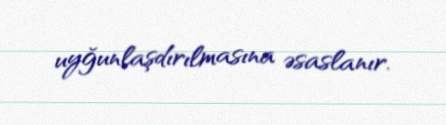
uyğunlaşdırılmasına əsaslanır.